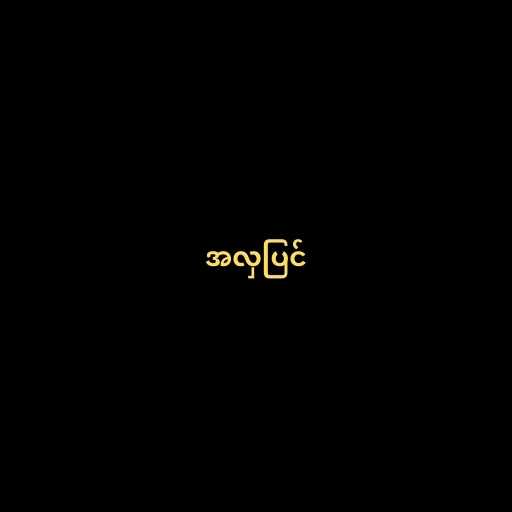
အလှပြင်